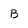
Character: B